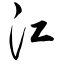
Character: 江